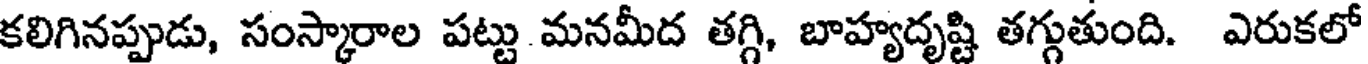
కలిగినప్పుడు, సంస్కారాల పట్టు మనమీద తగ్గి, బాహ్యదృష్టి తగ్గుతుంది. ఎరుకలో